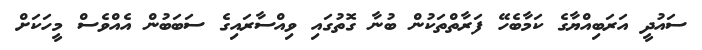
ސައުދީ އަރަބިއްޔާގެ ކަމާބެހޭ ފަރާތްތަކުން ބުނާ ގޮތުގައި ވިއްސާރައިގެ ސަބަބުން އެއްވެސް މީހަކަށް